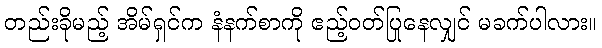
တည်းခိုမည့် အိမ်ရှင်က နံနက်စာကို ဧည့်ဝတ်ပြုနေလျှင် မခက်ပါလား။